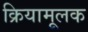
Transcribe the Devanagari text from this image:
क्रियामूलक